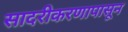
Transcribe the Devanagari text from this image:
सादरीकरणापासून